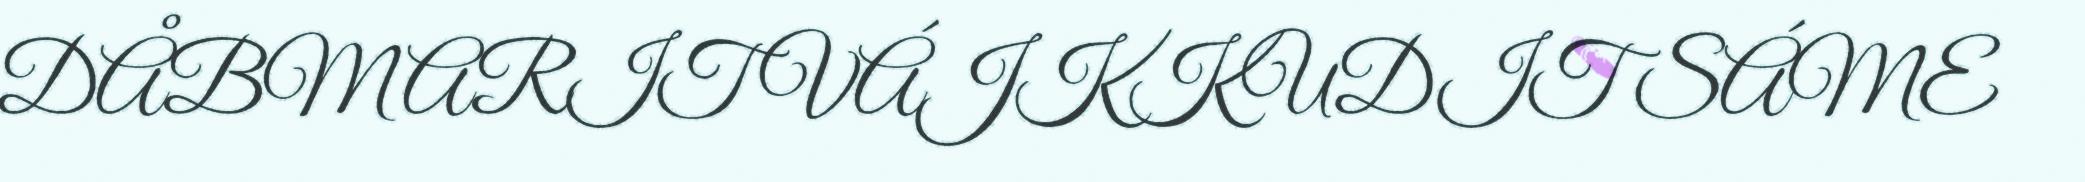
DÅBMARIT VÁJKKUDIT SÁME